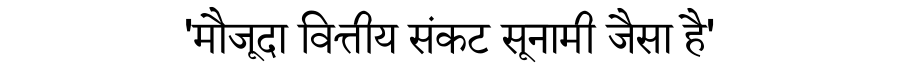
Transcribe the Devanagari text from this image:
'मौजूदा वित्तीय संकट सूनामी जैसा है'